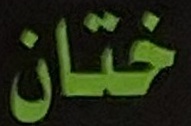
ختان